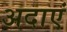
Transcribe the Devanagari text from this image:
अदाएं